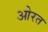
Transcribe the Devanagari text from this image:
ओरत